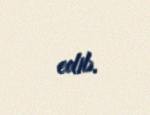
edib.